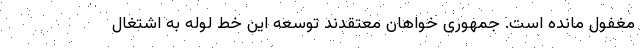
مغفول مانده است. جمهوری خواهان معتقدند توسعه این خط لوله به اشتغال